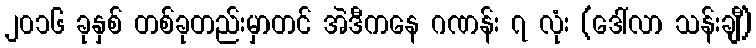
၂၀၁၆ ခုနှစ် တစ်ခုတည်းမှာတင် အဲဒီကနေ ဂဏန်း ၇ လုံး (ဒေါ်လာ သန်းချီ)